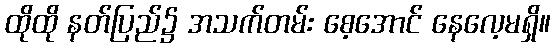
ထိုထို နတ်ပြည်၌ အသက်တမ်း စေ့အောင် နေလေ့မရှိ။